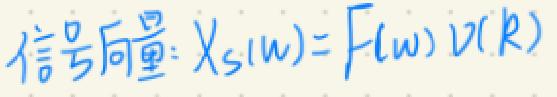
信号向量：$X_S(\omega)=F(\omega)v(R)$